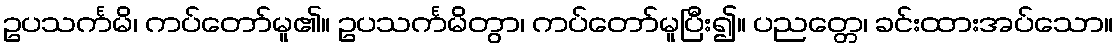
ဥပသင်္ကမိ၊ ကပ်တော်မူ၏။ ဥပသင်္ကမိတွာ၊ ကပ်တော်မူပြီး၍။ ပညတ္တေ၊ ခင်းထားအပ်သော။